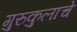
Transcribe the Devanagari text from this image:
गुरुकुलाचे